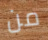
من